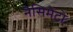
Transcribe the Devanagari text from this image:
नैसिमैंटो